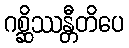
ဂစ္ဆိဿန္တီတိပေ